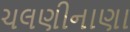
ચલણીનાણા